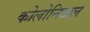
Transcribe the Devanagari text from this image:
कोलोनिअल